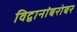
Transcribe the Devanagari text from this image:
विद्वानांबरोबर